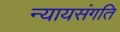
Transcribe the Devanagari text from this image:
न्यायसंगति